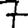
Digit: 7